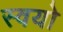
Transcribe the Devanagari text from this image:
स्वयो